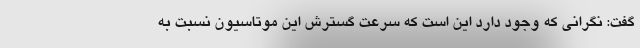
گفت: نگرانی که وجود دارد این است که سرعت گسترش این موتاسیون نسبت به